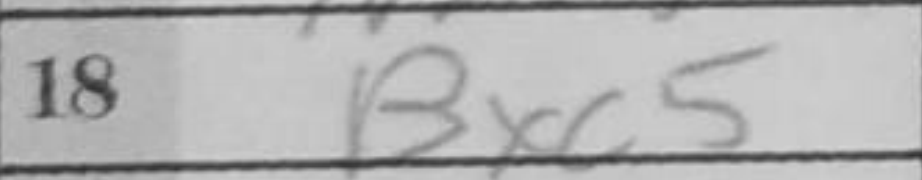
Transcription: Bxc5